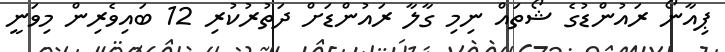
ޕިއާނޯ ރައުންޑުގެ ޝޯތައް ނިމި ގާލާ ރައުންޑަށް ދަތުރުކުރި 12 ބައިވެރިން މިވަނީ